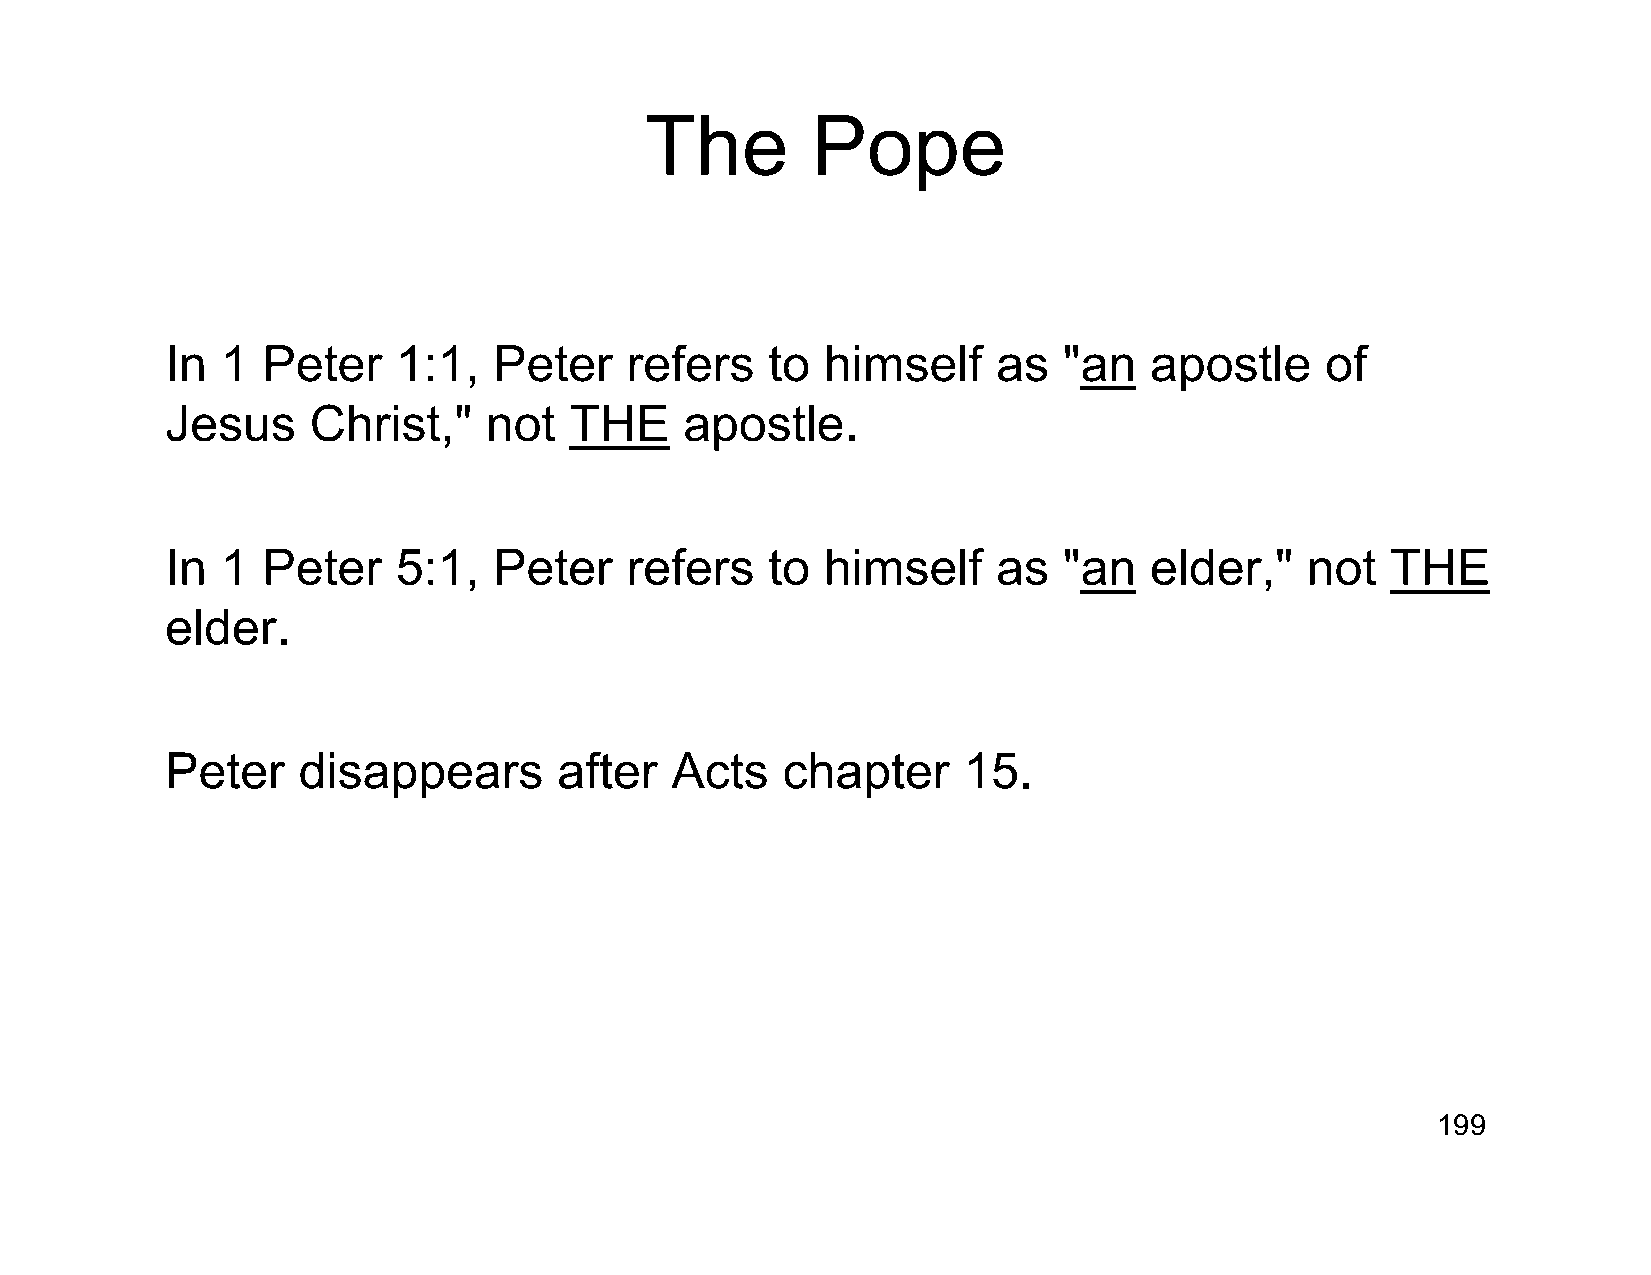
The        Pope
 In  1 Peter    1:1,   Peter   refers    to  himself    as  "an   apostle     of
 Jesus    Christ,"    not   THE    apostle.
 In  1 Peter    5:1,   Peter   refers    to  himself    as  "an   elder,"   not   THE
 elder.
 Peter    disappears       after  Acts    chapter     15.
 199